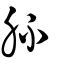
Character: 肧